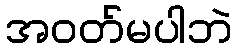
အဝတ်မပါဘဲ